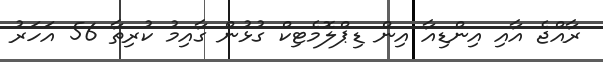
ރާއްޖެ އާއި އިންޑިއާ އިން ޑިޕްލޮމެޓިކް ގުޅުން ގާއިމު ކުރިތާ 56 އަހަރު